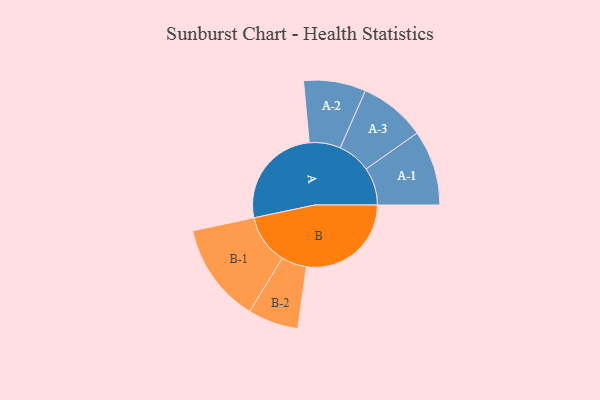
{"axis": {"x": "Segment", "y": "Value"}, "legend": ["", "A", "B"], "data": [{"x": "A", "y": 442, "type": ""}, {"x": "B", "y": 448, "type": ""}, {"x": "A-1", "y": 161, "type": "A"}, {"x": "A-2", "y": 133, "type": "A"}, {"x": "A-3", "y": 142, "type": "A"}, {"x": "B-1", "y": 213, "type": "B"}, {"x": "B-2", "y": 108, "type": "B"}]}